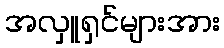
အလှူရှင်များအား